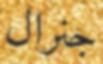
جنرال